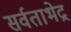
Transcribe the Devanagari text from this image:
सर्वताभेद्र